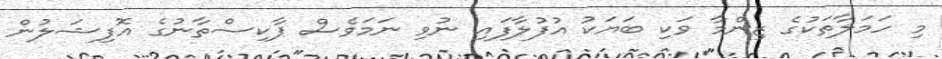
މި ހަމަލާތަކުގެ ޒިންމާ ވަކި ބަޔަކު އުފުލާފައި ނުވި ނަމަވެސް ޕާކިސްތާނުގެ އޮފިޝަލުން